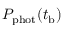
P _ { \mathrm { p h o t } } ( t _ { \mathrm { b } } )